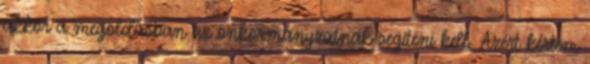
akkor a megoldásban az önkormányzatnak segíteni kell. Azért kértem